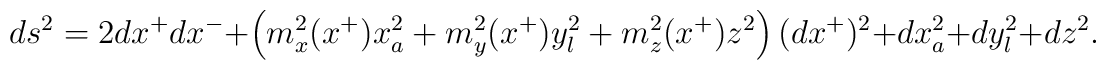
ds^2=2dx^{+}dx^{-}+\left(m^{2}_{x}(x^{+}) x_{a}^{2}+m_{y}^{2} (x^{+}) y_{l}^2+m_{z}^2(x^{+})z^2\right)(dx^{+})^2+ dx_{a}^{2}+ dy_{l}^{2}+ dz^2.